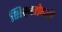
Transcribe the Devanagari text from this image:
शिक्षारोगादि